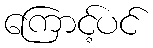
ကြောင့်ပင်